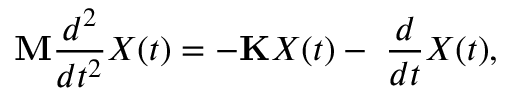
\mathbf { M } \frac { d ^ { 2 } } { d t ^ { 2 } } { X } ( t ) = - \mathbf { K } { X } ( t ) - \mathbf \Gamma \frac { d } { d t } { X } ( t ) ,